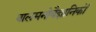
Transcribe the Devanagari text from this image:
बालमनोवैज्ञानिकों